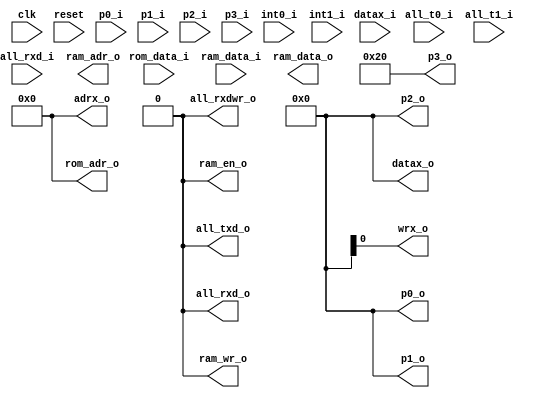
/*
  
   Multicore 2 / Multicore 2+
  
   Copyright (c) 2017-2020 - Victor Trucco

  
   All rights reserved
  
   Redistribution and use in source and synthezised forms, with or without
   modification, are permitted provided that the following conditions are met:
  
   Redistributions of source code must retain the above copyright notice,
   this list of conditions and the following disclaimer.
  
   Redistributions in synthesized form must reproduce the above copyright
   notice, this list of conditions and the following disclaimer in the
   documentation and/or other materials provided with the distribution.
  
   Neither the name of the author nor the names of other contributors may
   be used to endorse or promote products derived from this software without
   specific prior written permission.
  
   THIS CODE IS PROVIDED BY THE COPYRIGHT HOLDERS AND CONTRIBUTORS "AS IS"
   AND ANY EXPRESS OR IMPLIED WARRANTIES, INCLUDING, BUT NOT LIMITED TO,
   THE IMPLIED WARRANTIES OF MERCHANTABILITY AND FITNESS FOR A PARTICULAR
   PURPOSE ARE DISCLAIMED. IN NO EVENT SHALL THE AUTHOR OR CONTRIBUTORS BE
   LIABLE FOR ANY DIRECT, INDIRECT, INCIDENTAL, SPECIAL, EXEMPLARY, OR
   CONSEQUENTIAL DAMAGES (INCLUDING, BUT NOT LIMITED TO, PROCUREMENT OF
   SUBSTITUTE GOODS OR SERVICES; LOSS OF USE, DATA, OR PROFITS; OR BUSINESS
   INTERRUPTION) HOWEVER CAUSED AND ON ANY THEORY OF LIABILITY, WHETHER IN
   CONTRACT, STRICT LIABILITY, OR TORT (INCLUDING NEGLIGENCE OR OTHERWISE)
   ARISING IN ANY WAY OUT OF THE USE OF THIS SOFTWARE, EVEN IF ADVISED OF THE
   POSSIBILITY OF SUCH DAMAGE.
  
   You are responsible for any legal issues arising from your use of this code.
  
*/module mc8051_core(
    input           clk,
    input           reset,
    input  [7:0]    rom_data_i,
    input  [7:0]    ram_data_i,
    input           int0_i,
    input           int1_i,
    input           all_t0_i,
    input           all_t1_i,
    input           all_rxd_i,
    input  [7:0]    p0_i,
    input  [7:0]    p1_i,
    input  [7:0]    p2_i,
    input  [7:0]    p3_i,
    output [7:0]    p0_o,
    output [7:0]    p1_o,
    output [7:0]    p2_o,
    output [7:0]    p3_o,
    output          all_rxd_o,
    output          all_txd_o,
    output          all_rxdwr_o,
    output [15:0]   rom_adr_o,
    output [ 7:0]   ram_data_o,
    output [ 6:0]   ram_adr_o,
    output          ram_wr_o,
    output          ram_en_o,
    input  [ 7:0]   datax_i,
    output [ 7:0]   datax_o,
    output [15:0]   adrx_o,
    output          wrx_o
);

assign rom_adr_o = 16'd0;
assign ram_en_o  = 1'b0;
assign ram_wr_o  = 1'b0;
assign datax_o   = 8'd0;
assign adrx_o    = 16'd0;

assign p0_o      = 8'd0;
assign p1_o      = 8'd0;
assign p2_o      = 8'd0;
assign p3_o      = 8'h20;

assign all_rxd_o = 1'b0;
assign all_txd_o = 1'b0;
assign all_rxdwr_o = 1'b0;

endmodule // mc8051_core